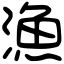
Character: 漁